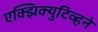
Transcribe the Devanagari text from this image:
एक्झिक्युटिव्हने